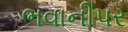
ભવાનીપર